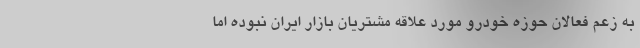
به زعم فعالان حوزه خودرو مورد علاقه مشتریان بازار ایران نبوده اما